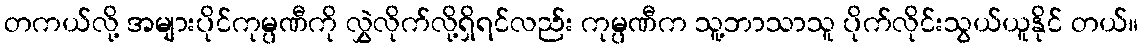
တကယ်လို့ အများပိုင်ကုမ္ပဏီကို လွှဲလိုက်လို့ရှိရင်လည်း ကုမ္ပဏီက သူ့ဘာသာသူ ပိုက်လိုင်းသွယ်ယူနိုင် တယ်။